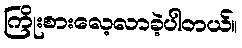
ကြိုးစားလေ့လာခဲ့ပါတယ်။